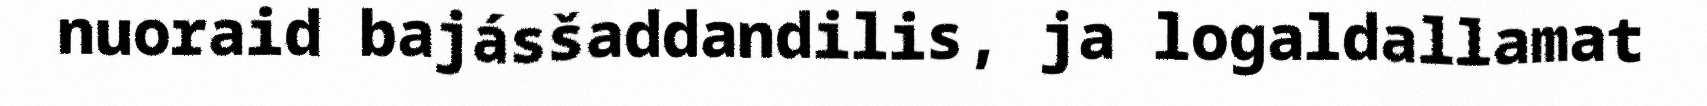
nuoraid bajásšaddandilis, ja logaldallamat